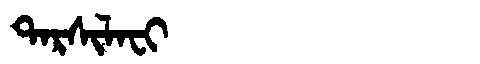
Manchu: ᡨᠠᡵᠰᡳᠯᠠᠸᡳ
Romanization: TARSILAFI